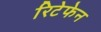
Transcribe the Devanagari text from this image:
रिटेफेन